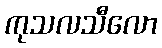
ကုသလသီလော